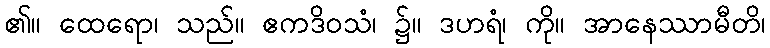
၏။ ထေရော၊ သည်။ ဧကဒိဝသံ၊ ၌။ ဒဟရံ၊ ကို။ အာနေဿာမီတိ၊